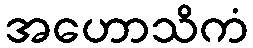
အဟောသိကံ